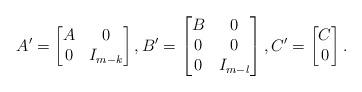
LaTeX: \begin{align*}A'=\begin{bmatrix}A & 0\\0 & I_{m-k}\end{bmatrix},B'=\begin{bmatrix}B & 0\\0 & 0\\0 & I_{m-l}\end{bmatrix},C'=\begin{bmatrix}C\\0\end{bmatrix}.\end{align*}